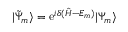
| \tilde { \Psi } _ { m } \rangle = \mathrm { e } ^ { i \delta ( { \hat { H } } - E _ { m } ) } | \Psi _ { m } \rangle